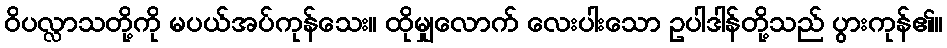
ဝိပလ္လာသတို့ကို မပယ်အပ်ကုန်သေး။ ထိုမျှလောက် လေးပါးသော ဥပါဒါန်တို့သည် ပွားကုန်၏။